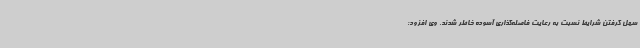
سهل گرفتن شرایط نسبت به رعایت فاصله‌گذاری آسوده خاطر شدند. وی افزود: